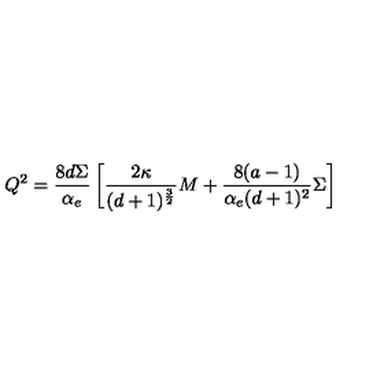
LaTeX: Q ^ { 2 } = { \frac { 8 d \Sigma } { \alpha _ { e } } } \left[ { \frac { 2 \kappa } { ( d + 1 ) ^ { \frac { 3 } { 2 } } } } M + { \frac { 8 ( a - 1 ) } { \alpha _ { e } ( d + 1 ) ^ { 2 } } } \Sigma \right]